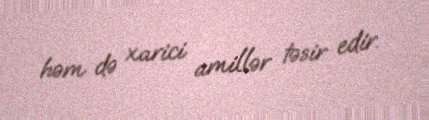
həm də xarici amillər təsir edir.